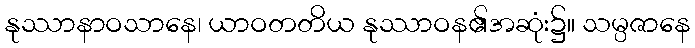
နုဿာနာဝသာနေ၊ ယာဝတတိယ နုဿာဝန၏အဆုံး၌။ သမ္ပဇာနေ